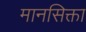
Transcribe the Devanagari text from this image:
मानसिक्ता